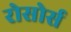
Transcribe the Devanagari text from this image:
रोसोर्स